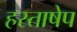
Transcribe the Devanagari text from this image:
हस्ताषेप